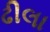
ઢીલા